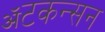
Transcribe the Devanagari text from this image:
ॲटकन्सन